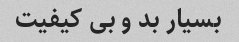
بسیار بد و بی کیفیت